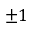
\pm 1